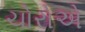
ચોરોએ